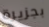
بجزيرة